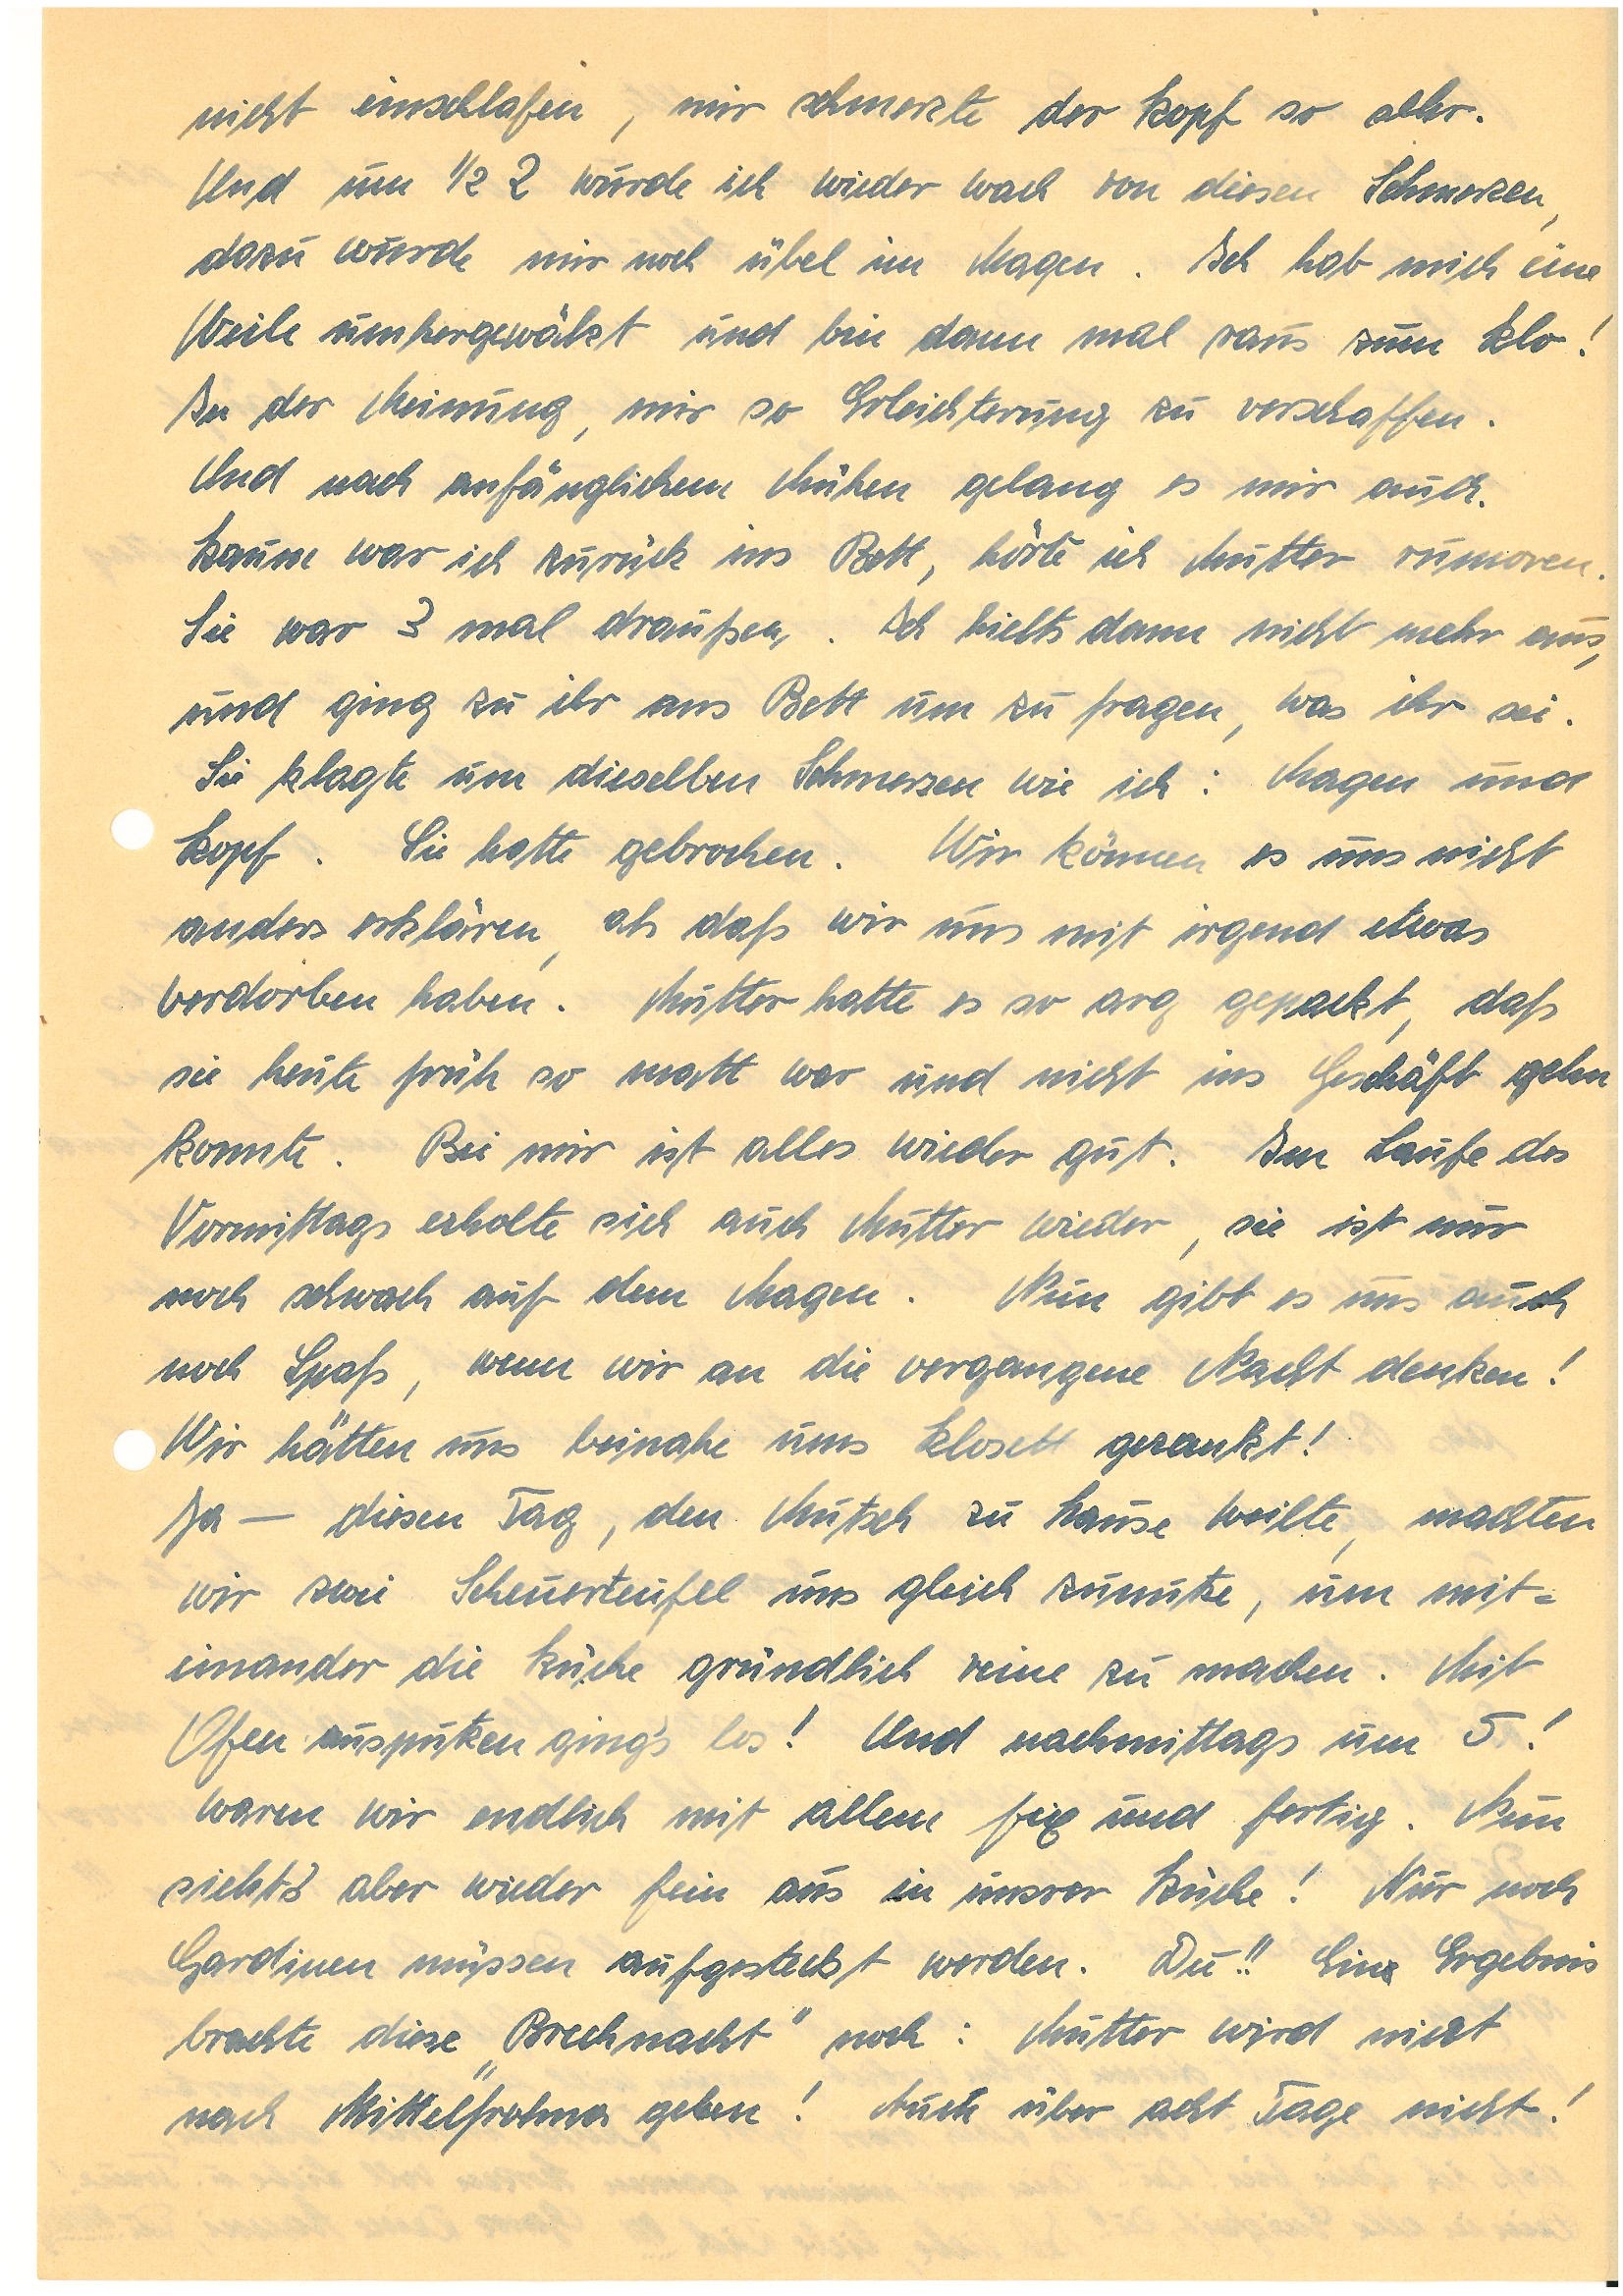
nicht einschlafen, mir schmerzte der Kopf so sehr.
Und um ½ 2 wurde ich wieder wach von diesen Schmerzen,
dazu wurde mir übel im Magen. Ich hab mich eine
Weile umhergewälzt und bin dann mal raus zum Klo!
In der Meinung, mir so Erleichterung zu verschaffen.
Und nach anfänglichen Mühen gelang es mir auch.
Kaum war ich zurück ins Bett, hörte ich Mutter rumoren.
Sie war 3 mal draußen,. Ich hielts dann nicht mehr aus,
und ging zu ihr ans Bett um zu fragen, was ihr sei.
Sie klagte um dieselben Schmerzen wie ich: Magen und
Kopf. Sie hatte gebrochen. Wir können es uns nicht
anders erklären, als daß wir uns mit irgend etwas
verdorben haben. Mutter hatte es so arg gepackt, daß
sie heute früh so matt war und nicht ins Geschäft gehen
konnte. Bei mir ist alles wieder gut. Im Laufe des
Vormittages erholte sich auch Mutter wieder, sie ist nur
noch schwach auf dem Magen. Nun gibt es uns auch
noch Spaß, wenn wir an die vergangene Nacht denken!
Wir hätten uns beinahe ums Klosett gezankt!
Ja – diesen Tag, den Mutsch zu Hause weilte, machten
wir zwei Scheuerteufel uns gleich zunutze, um mit¬
einander die Küche gründlich reine zu machen. Mit
Ofen ausspritzen ging’s los! Und nachmittags um 5 !
waren wir endlich mit allem fix und fertig. Nun
siehts‘ aber wieder fein aus in unsrer Küche! Nur noch
Gardinen müssen aufgesteckt werden. Du!! Eine Ergebnis
brachte diese „Brechnacht“ noch: Mutter wird nicht
nach M. gehen! Auch über acht Tage nicht!